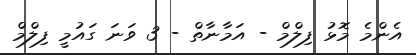
އެންމެ މޮޅު ފިލްމް - އަމާނާތް - 3 ވަނަ ގައުމީ ފިލްމް